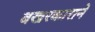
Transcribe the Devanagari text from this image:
बखरकाराने